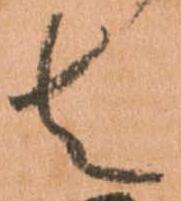
者